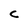
Character: C